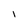
Character: l